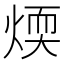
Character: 煗